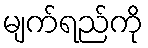
မျက်ရည်ကို